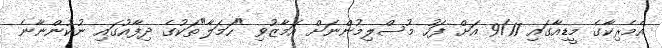
އެމެރިކާގެ މީޑިއާގައި 9/11 އަށް ފަހު މުސްލިމުންނަށް އަމާޒުވި "ހަމަލާ"ތަކުގެ ދިފާއުގައި ނުކުންނާނެ